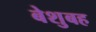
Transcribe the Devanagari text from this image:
बेशुबह